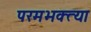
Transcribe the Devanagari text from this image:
परमभक्त्या